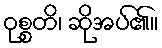
ဝုစ္စတိ၊ ဆိုအပ်၏။